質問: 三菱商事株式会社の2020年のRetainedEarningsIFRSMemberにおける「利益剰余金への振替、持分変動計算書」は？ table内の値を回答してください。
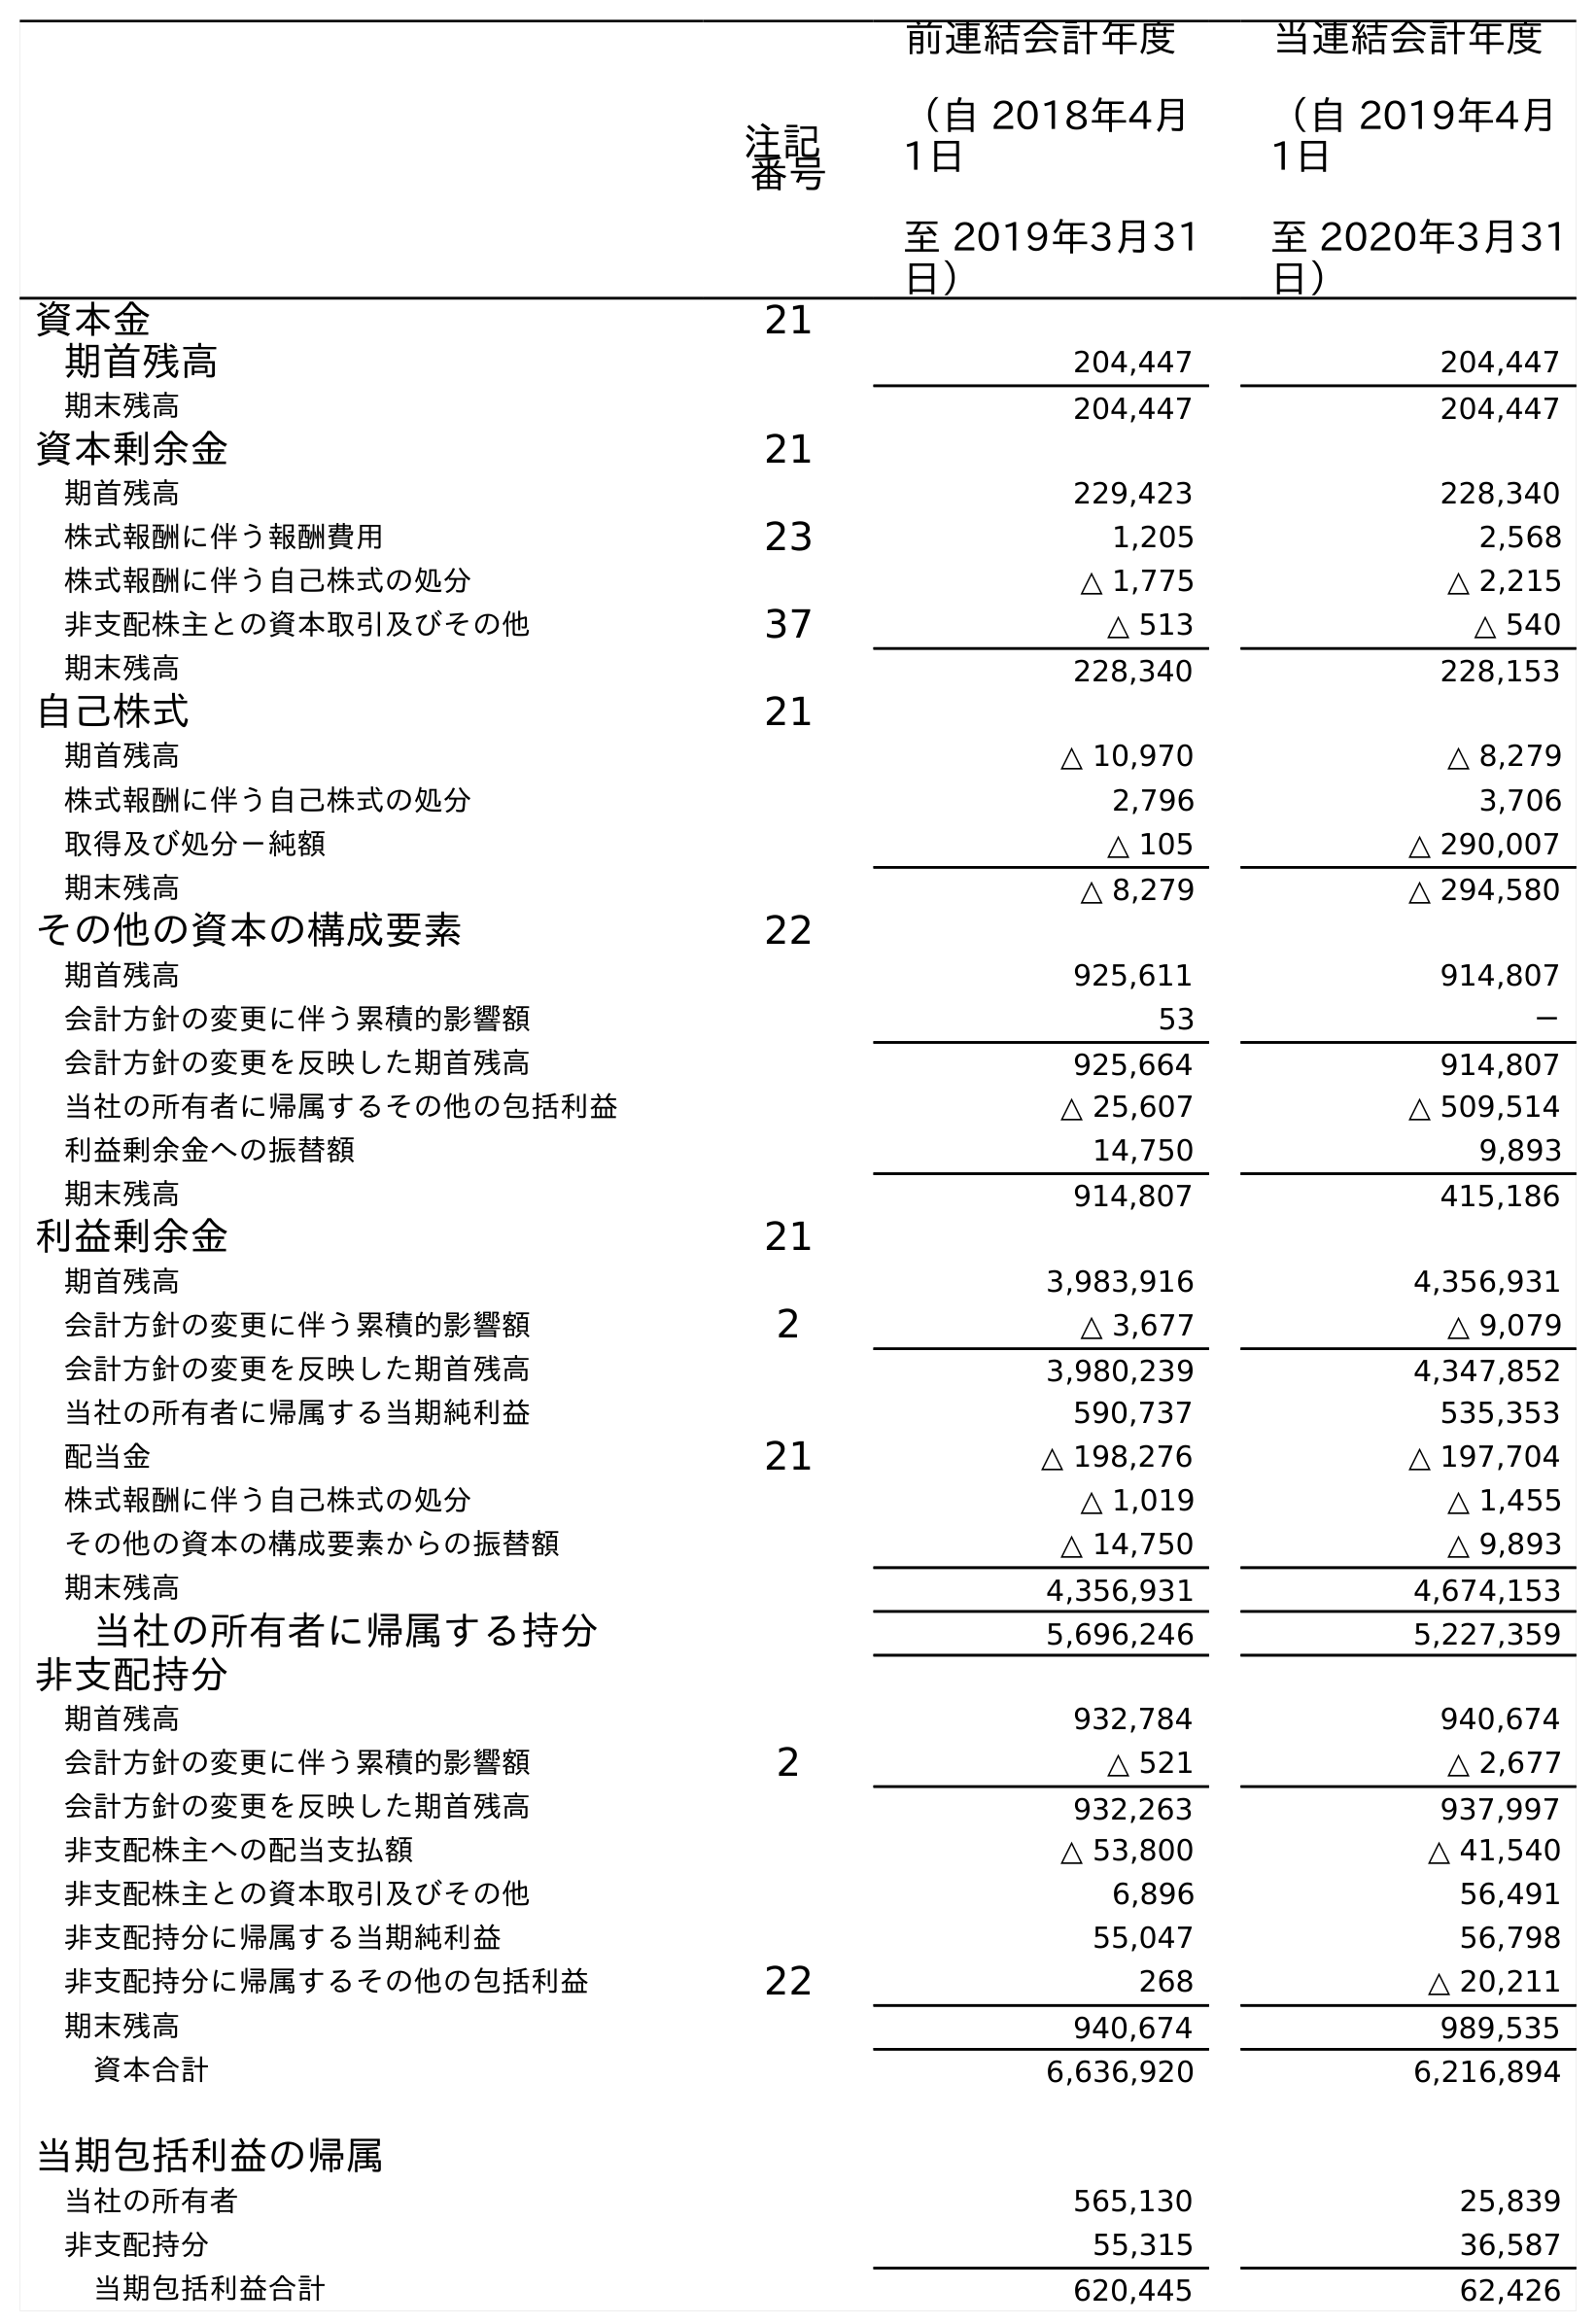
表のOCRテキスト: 注記 番号 前連結会計年度 （自 2018年4月 1日 至 2019年3月31 日） 当連結会計年度 （自 2019年4月 1日 至 2020年3月31 日） 資本金 21 期首残高 204,447 204,447 期末残高 204,447 204,447 資本剰余金 21 期首残高 229,423 228,340 株式報酬に伴う報酬費用 23 1,205 2,568 株式報酬に伴う自己株式の処分 △ 1,775 △ 2,215 非支配株主との資本取引及びその他 37 △ 513 △ 540 期末残高 228,340 228,153 自己株式 21 期首残高 △ 10,970 △ 8,279 株式報酬に伴う自己株式の処分 2,796 3,706 取得及び処分－純額 △ 105 △ 290,007 期末残高 △ 8,279 △ 294,580 その他の資本の構成要素 22 期首残高 925,611 914,807 会計方針の変更に伴う累積的影響額 53 － 会計方針の変更を反映した期首残高 925,664 914,807 当社の所有者に帰属するその他の包括利益 △ 25,607 △ 509,514 利益剰余金への振替額 14,750 9,893 期末残高 914,807 415,186 利益剰余金 21 期首残高 3,983,916 4,356,931 会計方針の変更に伴う累積的影響額 2 △ 3,677 △ 9,079 会計方針の変更を反映した期首残高 3,980,239 4,347,852 当社の所有者に帰属する当期純利益 590,737 535,353 配当金 21 △ 198,276 △ 197,704 株式報酬に伴う自己株式の処分 △ 1,019 △ 1,455 その他の資本の構成要素からの振替額 △ 14,750 △ 9,893 期末残高 4,356,931 4,674,153 当社の所有者に帰属する持分 5,696,246 5,227,359 非支配持分 期首残高 932,784 940,674 会計方針の変更に伴う累積的影響額 2 △ 521 △ 2,677 会計方針の変更を反映した期首残高 932,263 937,997 非支配株主への配当支払額 △ 53,800 △ 41,540 非支配株主との資本取引及びその他 6,896 56,491 非支配持分に帰属する当期純利益 55,047 56,798 非支配持分に帰属するその他の包括利益 22 268 △ 20,211 期末残高 940,674 989,535 資本合計 6,636,920 6,216,894 当期包括利益の帰属 当社の所有者 565,130 25,839 非支配持分 55,315 36,587 当期包括利益合計 620,445 62,426
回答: △9,893